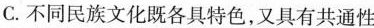
C.不同民族文化既各具特色，又具有共通性